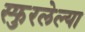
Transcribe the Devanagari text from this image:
स्फुरलेल्या